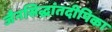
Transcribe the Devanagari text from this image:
जैनसिद्धांतदीपिका